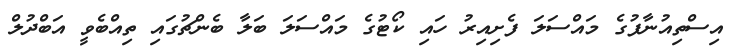
އިސްތިއުނާފުގެ މައްސަލަ ފެށިއިރު ހައި ކޯޓުގެ މައްސަލަ ބަލާ ބެންޗުގައި ތިއްބެވީ އަބްދުލް